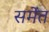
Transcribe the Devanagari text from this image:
समेंत